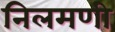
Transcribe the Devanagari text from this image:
निलमणी